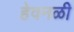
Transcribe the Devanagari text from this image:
हेवनळी